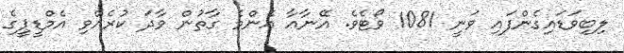
ލިބިވަޑައިގެންފައި ވަނީ 1081 ވޯޓެވެ. އޭނާއާ އެންމެ ގާތުން ވާދަ ކުރެއްވި އެމްޑީޕީގެ